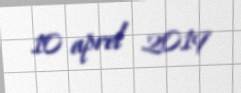
10 aprel 2019